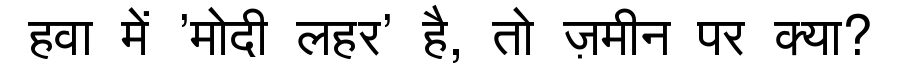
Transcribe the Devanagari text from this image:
हवा में 'मोदी लहर' है, तो ज़मीन पर क्या?